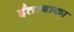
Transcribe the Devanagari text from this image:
ईताबाका